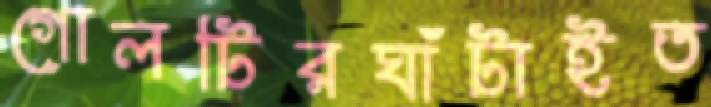
গোলটিরঘাঁটাইত